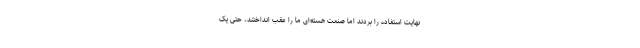
نهایت استفاده را بردند اما صنعت هسته‌ای ما را عقب انداختند، حتی یک